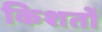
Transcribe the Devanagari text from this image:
किशतों